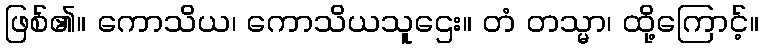
ဖြစ်၏။ ကောသိယ၊ ကောသိယသူဌေး။ တံ တသ္မာ၊ ထို့ကြောင့်။